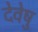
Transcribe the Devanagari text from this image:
देवेषु